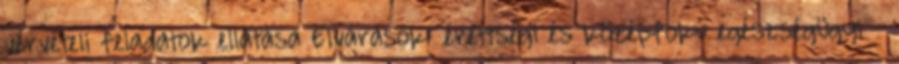
vérvételi feladatok ellátása Elvárások: érettségi és középfokú egészségügyi